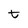
Character: t